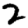
Digit: 2